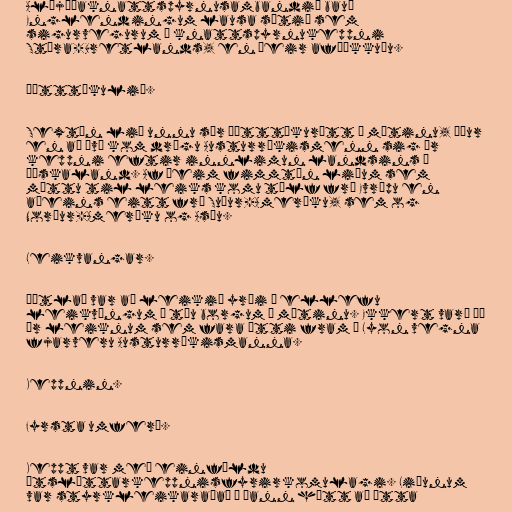
Alþjóðaknattspyrnusambandið bauð
Englendingum lausa sætið sem
sigurvegurum í knattspyrnukeppni
Stóra-Bretlands, en þeir afþökkuðu.

Þátttökulið.

Sextán lið unnu sér þátttökurétt í mótinu, áður
en að því kom drógu Austurríkismenn sig úr
keppni eftir innlimun landsins í
Þýskaland. Af þeim fimmtán liðum sem
mættu til leiks komu tólf frá Evrópu en
aðeins eitt frá Suður-Ameríku, sem og
Norður-Ameríku og Asíu.

Leikvangar.

Áætlað var að leikið yrði á ellefu
leikvöngum í tíu borgum á mótinu. Ekkert varð þó
úr leiknum sem fara átti fram í Lyon vegna
fjarveru Austurríkismanna.

Keppnin.

Fyrsta umferð.

Keppt var með einföldu
útsláttarkeppnisfyrirkomulagi. Liðunum
var styrkleikaraðað á þann hátt að átta